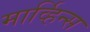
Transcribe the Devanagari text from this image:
मार्व्हिन्स